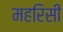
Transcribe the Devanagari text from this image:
महरिसी